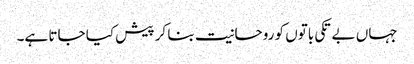
جہاں بے تکی باتوں کو روحانیت بنا کر پیش کیا جاتا ہے۔